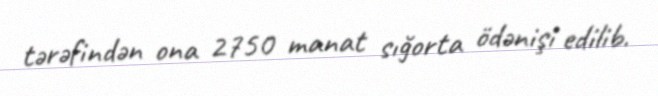
tərəfindən ona 2750 manat sığorta ödənişi edilib.